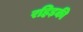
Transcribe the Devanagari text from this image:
रहिड़की